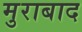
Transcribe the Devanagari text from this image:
मुराबाद